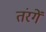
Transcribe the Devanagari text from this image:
तंरगें